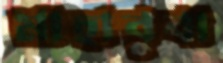
মাহাবুবা